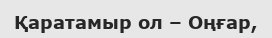
Қаратамыр ол – Оңғар,